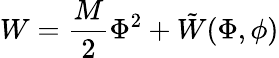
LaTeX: W=\frac{M}{2}\Phi^{2}+\tilde{W}(\Phi,\phi)